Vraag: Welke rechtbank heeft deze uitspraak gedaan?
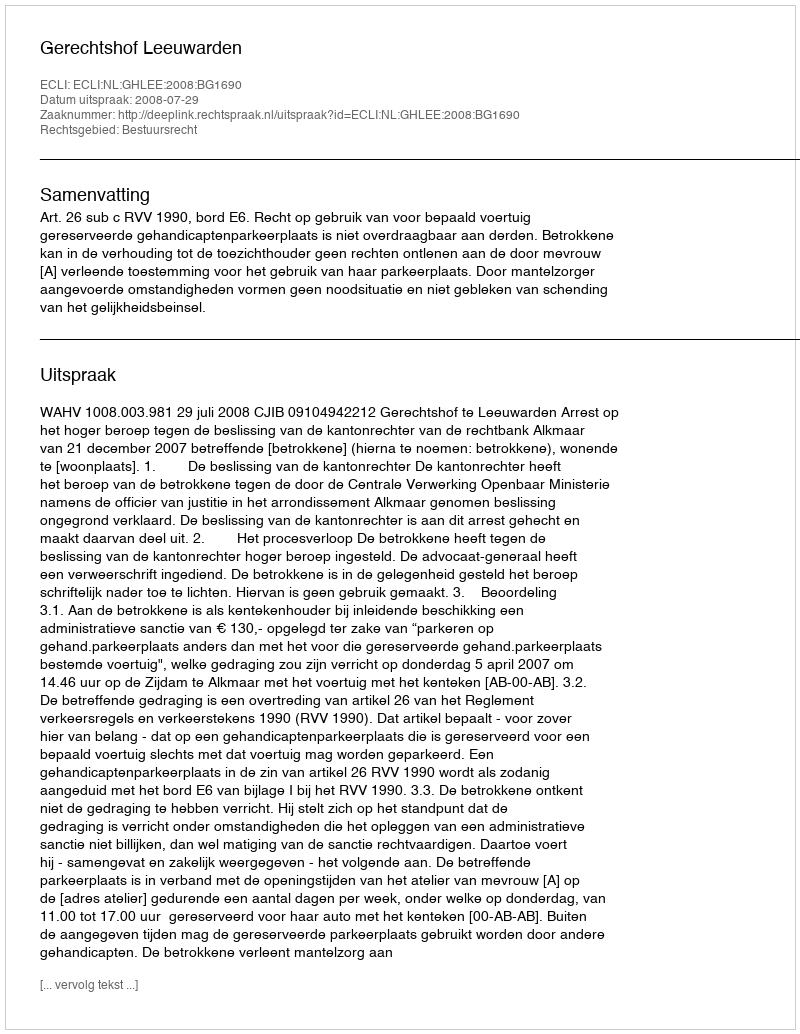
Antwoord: Gerechtshof Leeuwarden